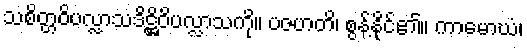
သစိတ္တဝိပလ္လာသဒိဋ္ဌိဝိပလ္လာသကို။ ပဇဟတိ၊ စွန့်နိုင်၏။ ကာမောဃံ၊